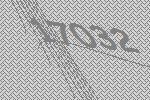
17032